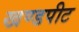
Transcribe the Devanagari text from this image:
खण्डपीट